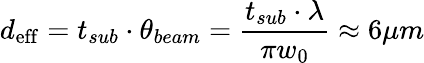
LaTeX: d_{\mathrm{eff}}=t_{sub}\cdot\theta_{beam}=\frac{t_{sub}\cdot\lambda}{\pi w_{0}}\approx 6\mu m